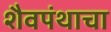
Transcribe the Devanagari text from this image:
शैवपंथाचा